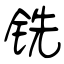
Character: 铣